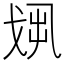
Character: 𢦻